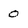
Character: 0